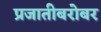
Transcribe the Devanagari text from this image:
प्रजातीबरोबर